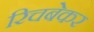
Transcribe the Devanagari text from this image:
रिचबेकर